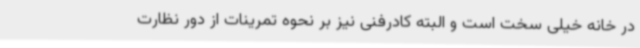
در خانه خیلی سخت است و البته کادرفنی نیز بر نحوه تمرینات از دور نظارت